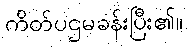
ကိတ်ပဌမခန်းပြီး၏။